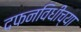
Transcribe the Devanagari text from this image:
दफनविधीच्या